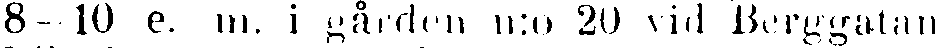
8— 10 e. m. i gården n:o 20 vid Berggatan